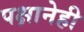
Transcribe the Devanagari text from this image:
पक्षानेही